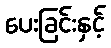
ပေးခြင်းနှင့်